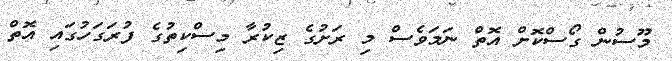
މޫސުން ގޯސްކޮށް އޮތް ނަމަވެސް މި ރަށުގެ ޒިކުރާ މިސްކިތުގެ ފުރަގަހުގައި އޮތް